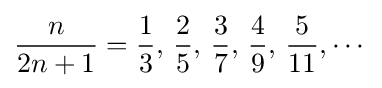
{n \over 2n+1}={1 \over 3},\,{2 \over 5},\,{3 \over 7},\,{4 \over 9},\,{5 \over 11},\cdots